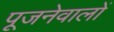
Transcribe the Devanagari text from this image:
पूजनेवालों